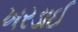
ખરડાઈ